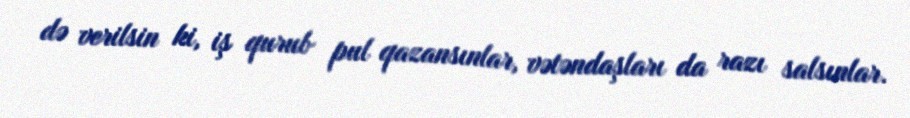
də verilsin ki, iş qurub pul qazansınlar, vətəndaşları da razı salsınlar.